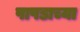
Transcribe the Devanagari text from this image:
पापडाच्या